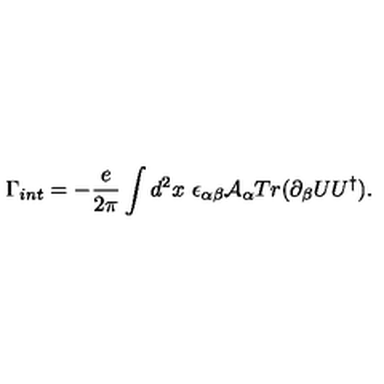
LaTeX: \Gamma _ { i n t } = - \frac { e } { 2 \pi } \int d ^ { 2 } x \ \epsilon _ { \alpha \beta } { \cal A } _ { \alpha } T r ( \partial _ { \beta } U U ^ { \dag } ) .